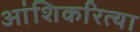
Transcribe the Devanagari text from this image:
आंशिकरित्या